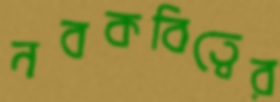
নবকবিত্বের